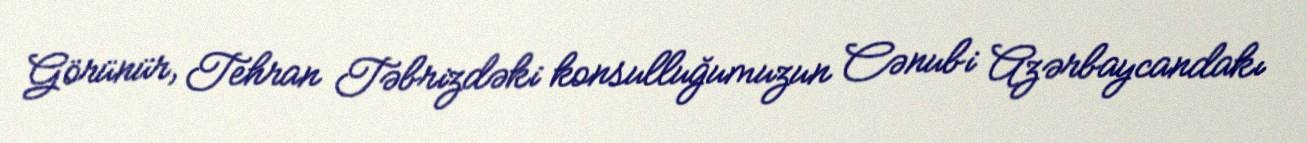
Görünür, Tehran Təbrizdəki konsulluğumuzun Cənubi Azərbaycandakı